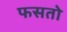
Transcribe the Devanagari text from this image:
फसतो